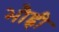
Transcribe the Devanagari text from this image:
भौह्नी